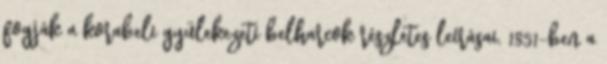
fogják a korabeli gyülekezeti belharcok részletes leírásai. 1851-ben a